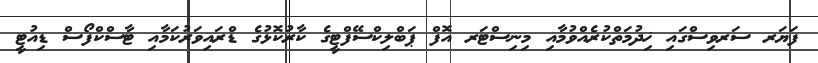
ފަޔަރ ސަރވިސްގައި ޚިދުމަތްކުރެއްވުމާއި މިނިސްޓަރ އޮފް ޕަބްލިކްސޭފްޓީގެ ކާރުކޮޅުގެ ޑްރައިވަރުކަމާއި ޓާސްކްފޯސް ޑިއުޓީ